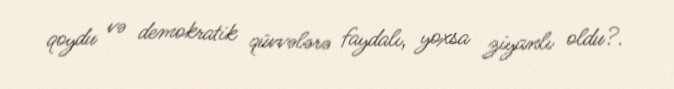
qoydu və demokratik qüvvələrə faydalı, yoxsa ziyanlı oldu?.